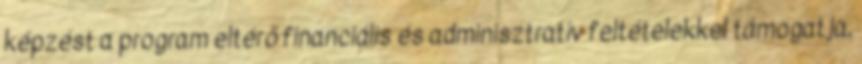
képzést a program eltérő financiális és adminisztratív feltételekkel támogatja,